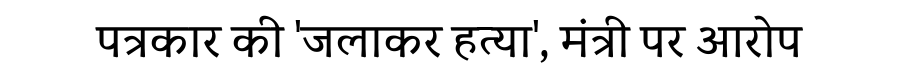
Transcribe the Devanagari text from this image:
पत्रकार की 'जलाकर हत्या', मंत्री पर आरोप